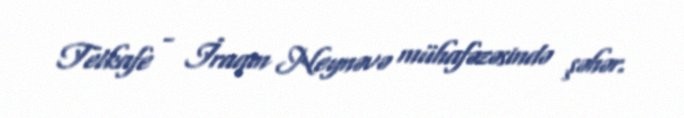
Telkafe - İraqın Neynəvə mühafəzəsində şəhər.